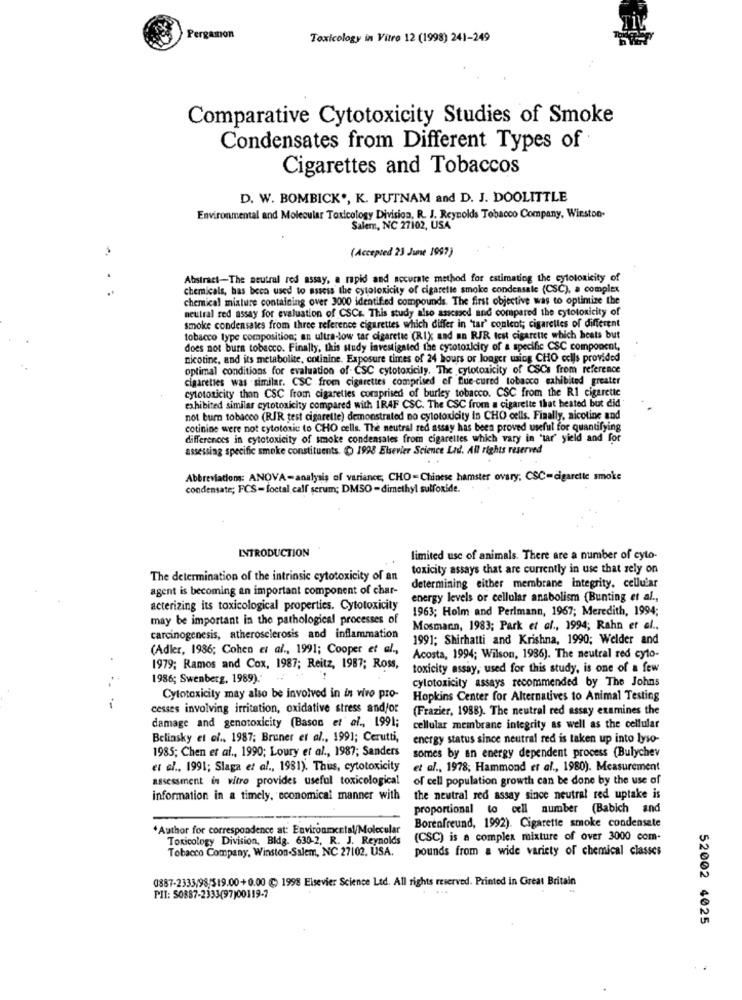
Pergamon
Toxicology in Vitro 12 (1998) 241-249
Comparative Cytotoxicity Studies of Smoke
Condensates from Different Types of
Cigarettes and Tobaccos
D. W. BOMBICK', K. PUTNAM and D. J. DOOLITTLE
Environmental and Molecular Toxicology Division, R. J. Reynolds Tobacco Company, Wirston-
Salem, NC 27102, USA
(Accepted 23 June 1997)
-
Abstract-The neutral rod assay, a rapid and accurate method for estimating the cytotoxicity of
..
chemicals, has been used to assess the cytotoxicity of cigarette smoke condensale (CSC), a complex
chemical mixture containing over 3000 identified compounds. The first objective was to optimize the
neutral red assay for evaluation of CSCs. This study also assessed and compared the cytotoxicity of
smoke condensates from three reference cigarettes which differ in 'tar' conlent; cigarettes of different
tobacco type composition; an ultra-low tar cigarette (Rix and an RJR test cigaretic which heats but
does not burn tobacco. Finally, this study investigated the cytotoxicity of a specific CSC component,
nicotine, and its metabolite, cotinine. Exposure times of 24 hours or longer using CHO cells provided
optimal conditions for evaluation of CSC cytotoxicity, The cytotoxicity of CSCs from reference
cigarettes was similar. CSC from cigarettes comprised of Blue-cured tobacco exhibited greater
cytotoxicity than CSC from cigarettes comprised of burley tobacco. CSC from the RI cigarette
exhibited similar cytotoxicity compared with IRAF CSC. The CSC from a cigarette that heated but did
not burn tobacco (RJR test cigarette) demonstrated no cytotoxicity is CHO cells. Finally, nicotine and
cotinine were not cytotoxic to CHO cells. The neutral red assay has been proved useful for quantifying
differences in cytotoxicity of smoke condensates from cigarettes which vary in 'tar' yield and for
assessing specific smoke constituents. ( 1998 Elsevier Science Lid. All rights reserved
Abbreviations: ANOVA-analysis of variance, CHO -Chinese hamster ovary; CSC=cigarette smoke
condensate; FCS-loctal calf serum; DMSO -dimethyl sulfonide.
INTRODUCTION
limited use of animals. There are a number of cyto-
toxicity assays that are currently in use that rely on
The determination of the intrinsic cytotoxicity of an
agent is becoming an important component of char-
determining either membrane integrity. cellular
energy levels or cellular anabolism (Bunting et al .,
acterizing its toxicological properties. Cytotoxicity
1963; Holm and Perlmann, 1967; Meredith, 1994;
may be important in the pathological processes of
Mosmann, 1983; Park et al ., 1994; Rahn et al .,
carcinogenesis, atherosclerosis and inflammation
1991; Shirhatti and Krishna, 1990; Welder and
(Adler, 1986; Cohen et al ., 1991; Cooper et al .,
Acosta, 1994; Wilson, 1986). The neutral red cyto-
1979; Ramos and Cox, 1987; Reitz, 1987; Ross,
toxicity assay, used for this study, is one of a few
1986; Swenberg, 1989).'
cytotoxicity assays recommended by The Johns
Cytotoxicity may also be involved in in vivo pro-
Hopkins Center for Alternatives to Animal Testing
.-
cesses involving irritation, oxidative stress and/or
(Frazier, 1988). The neutral red assay examines the
damage and genotoxicity (Bason et al ., 1991;
cellular membrane integrity as well as the cellular
Belinsky et ef ., 1987; Bruner et al ., 1991; Cerutti,
energy status since neutral red is taken up into lyso-
1985; Chen et al ., 1990; Loury et al ., 1987; Sanders
somes by an energy dependent process (Bulychev
et al ., 1991; Slaga et al ., 1981). Thus, cytotoxicity
et al ., 1978; Hammond et al ., 1980). Measurement
assessment in vitro provides useful toxicological
of cell population growth can be done by the use of
information in a timely, economical manner with
the neutral red assay since neutral red uptake is
proportional to cell number (Babich and
Author for correspondence at: Environmental/Molecular
Borenfreund, 1992). Cigarette smoke condensate
Toxicology Division, Bldg. 630-2, R. J. Reynolds
(CSC) is a complex mixture of over 3000 com-
Tobacco Company, Winston-Salem, NC 27102, USA.
pounds from a wide variety of chemical classes
(887-2333/98/519.00+0.00 C 1998 Elsevier Science Ltd. All rights reserved. Printed in Great Britain
PIT: 50887-2333(97)00119-7
52002 4025